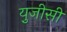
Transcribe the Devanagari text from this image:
यु़जीसी